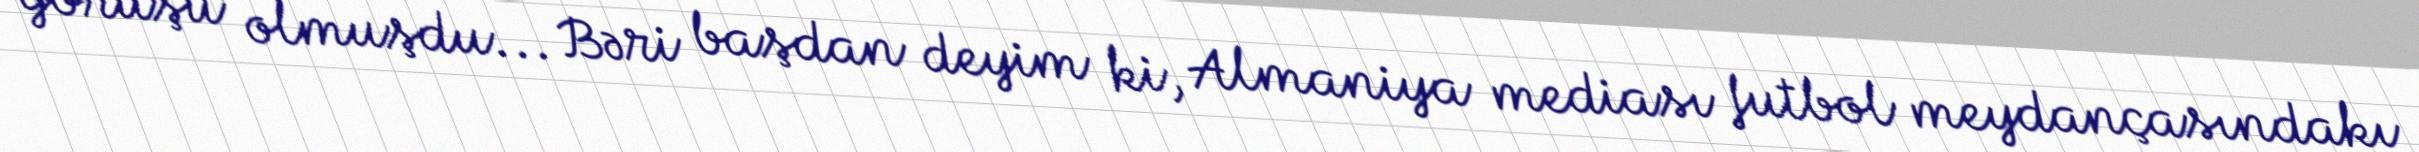
görüşü olmuşdu... Bəri başdan deyim ki, Almaniya mediası futbol meydançasındakı